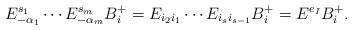
LaTeX: \begin{align*}E_{-\alpha_1}^{s_1}\cdots E_{-\alpha_m}^{s_m}B_i^+=E_{i_2i_1}\cdots E_{i_si_{s-1}}B_i^+=E^{e_I}B_i^+.\end{align*}